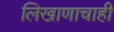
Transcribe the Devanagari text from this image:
लिखाणाचाही